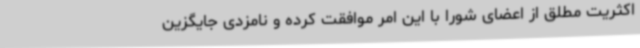
اکثریت مطلق از اعضای شورا با این امر موافقت کرده و نامزدی جایگزین